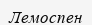
Лемоспен